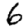
Digit: 6